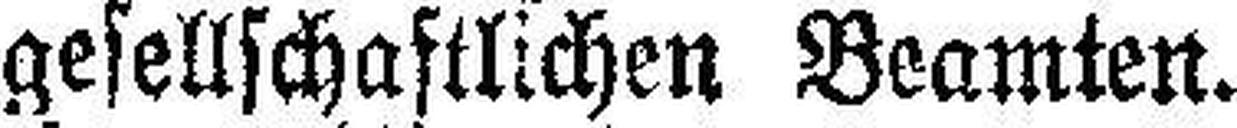
gesellschaftlichen Beamten.